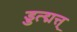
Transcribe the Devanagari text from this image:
ड्डत्द्मत्त्